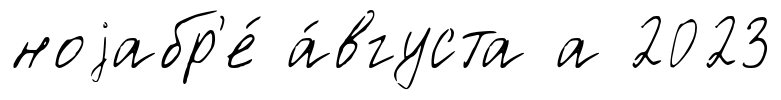
ноjабр'е́ а́вгуста а 2023